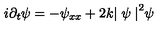
i { \partial _ { t } } \psi = - \psi _ { x x } + 2 k { \mid \psi \mid } ^ { 2 } \psi